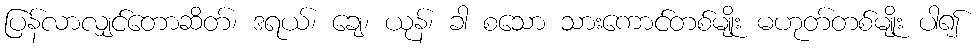
ပြန်လာလျှင်တောဆိတ်၊ ဒရယ်၊ ချေ၊ ယုန်၊ ခါ စသော သားကောင်တစ်မျိုး မဟုတ်တစ်မျိုး ပါ၍